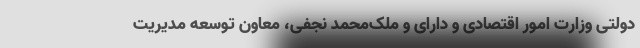
دولتی وزارت امور اقتصادی و دارای و ملک‌محمد نجفی، معاون توسعه مدیریت